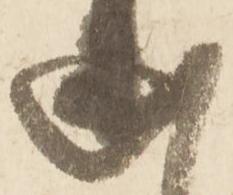
述